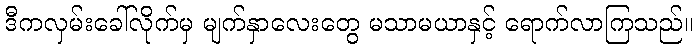
ဒီကလှမ်းခေါ်လိုက်မှ မျက်နှာလေးတွေ မသာမယာနှင့် ရောက်လာကြသည်။